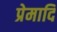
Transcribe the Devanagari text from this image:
प्रेमादि